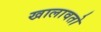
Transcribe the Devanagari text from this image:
खालावतो